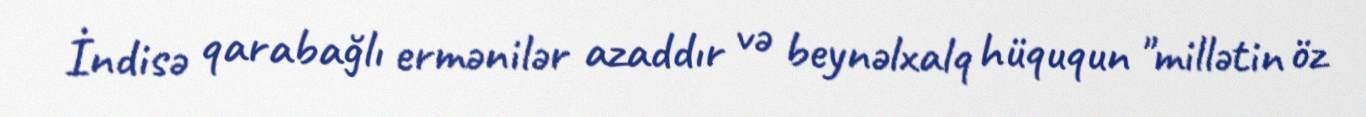
İndisə qarabağlı ermənilər azaddır və beynəlxalq hüququn "millətin öz